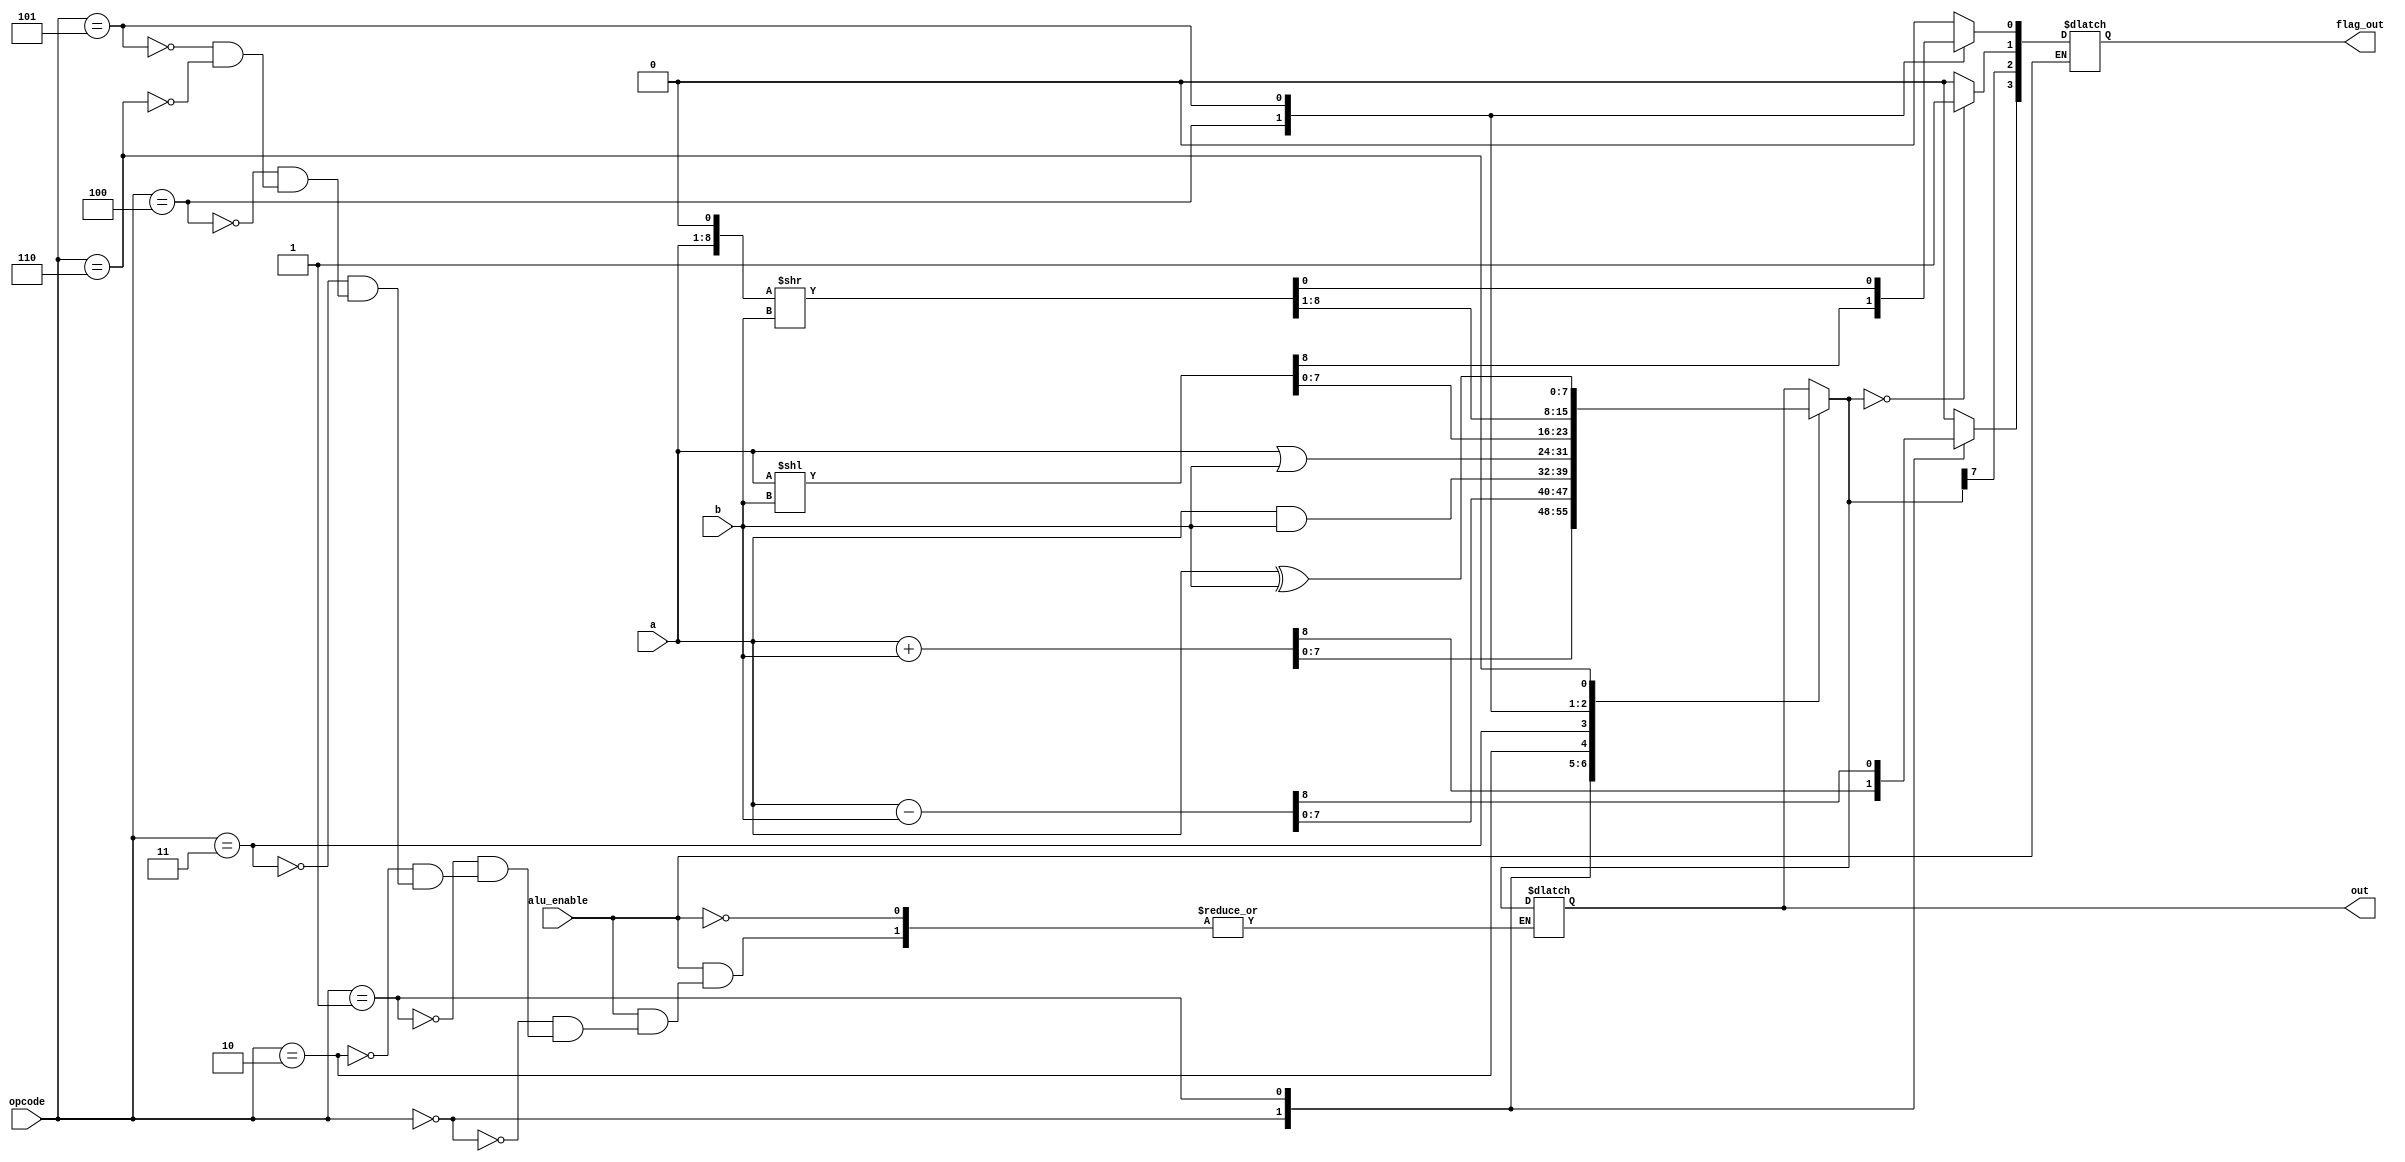
module alu(alu_enable,a,b,opcode,out,flag_out);
	 
//input clk ;	 
input alu_enable;
input [7:0]a;
input [7:0]b;
input [3:0]opcode;
output reg[7:0]out;
output reg[3:0]flag_out;
reg [8:0] temp;

always@(*)
if(alu_enable==1)
	begin
		flag_out[3]=1'b0 ;	//initialize opcode=0xx0
		flag_out[0]=1'b0 ;
		temp ={a,1'b0};
	case(opcode)
		4'b0000: {flag_out[3],out}=a+b;
		4'b0001: {flag_out[3],out}=a-b;
		4'b0010:  out= a&b ;
		4'b0011:  out= a|b ;
		4'b0100:  {flag_out[0],out}= a<<b;
		4'b0101:  {out,flag_out[0]}= temp>>b ; 
		4'b0110: out=a^b;			
	endcase

	flag_out[1] = (out==7'b0)? 1'b1 :1'b0 ;//if we get a zero :->(flag)
 	flag_out[2] = out[7];
end

endmodule